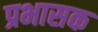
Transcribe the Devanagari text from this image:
प्रभासक